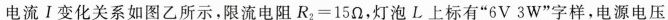
电流Ⅰ变化关系如图乙所示。限流电阻$$R _ { 2 } = 1 5 Ω$$，灯泡L上标有”6V 3W”字样，电源电压